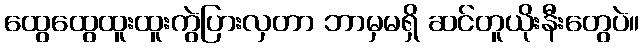
ထွေထွေထူးထူးကွဲပြားလှတာ ဘာမှမရှိ ဆင်တူယိုးနီးတွေပဲ။